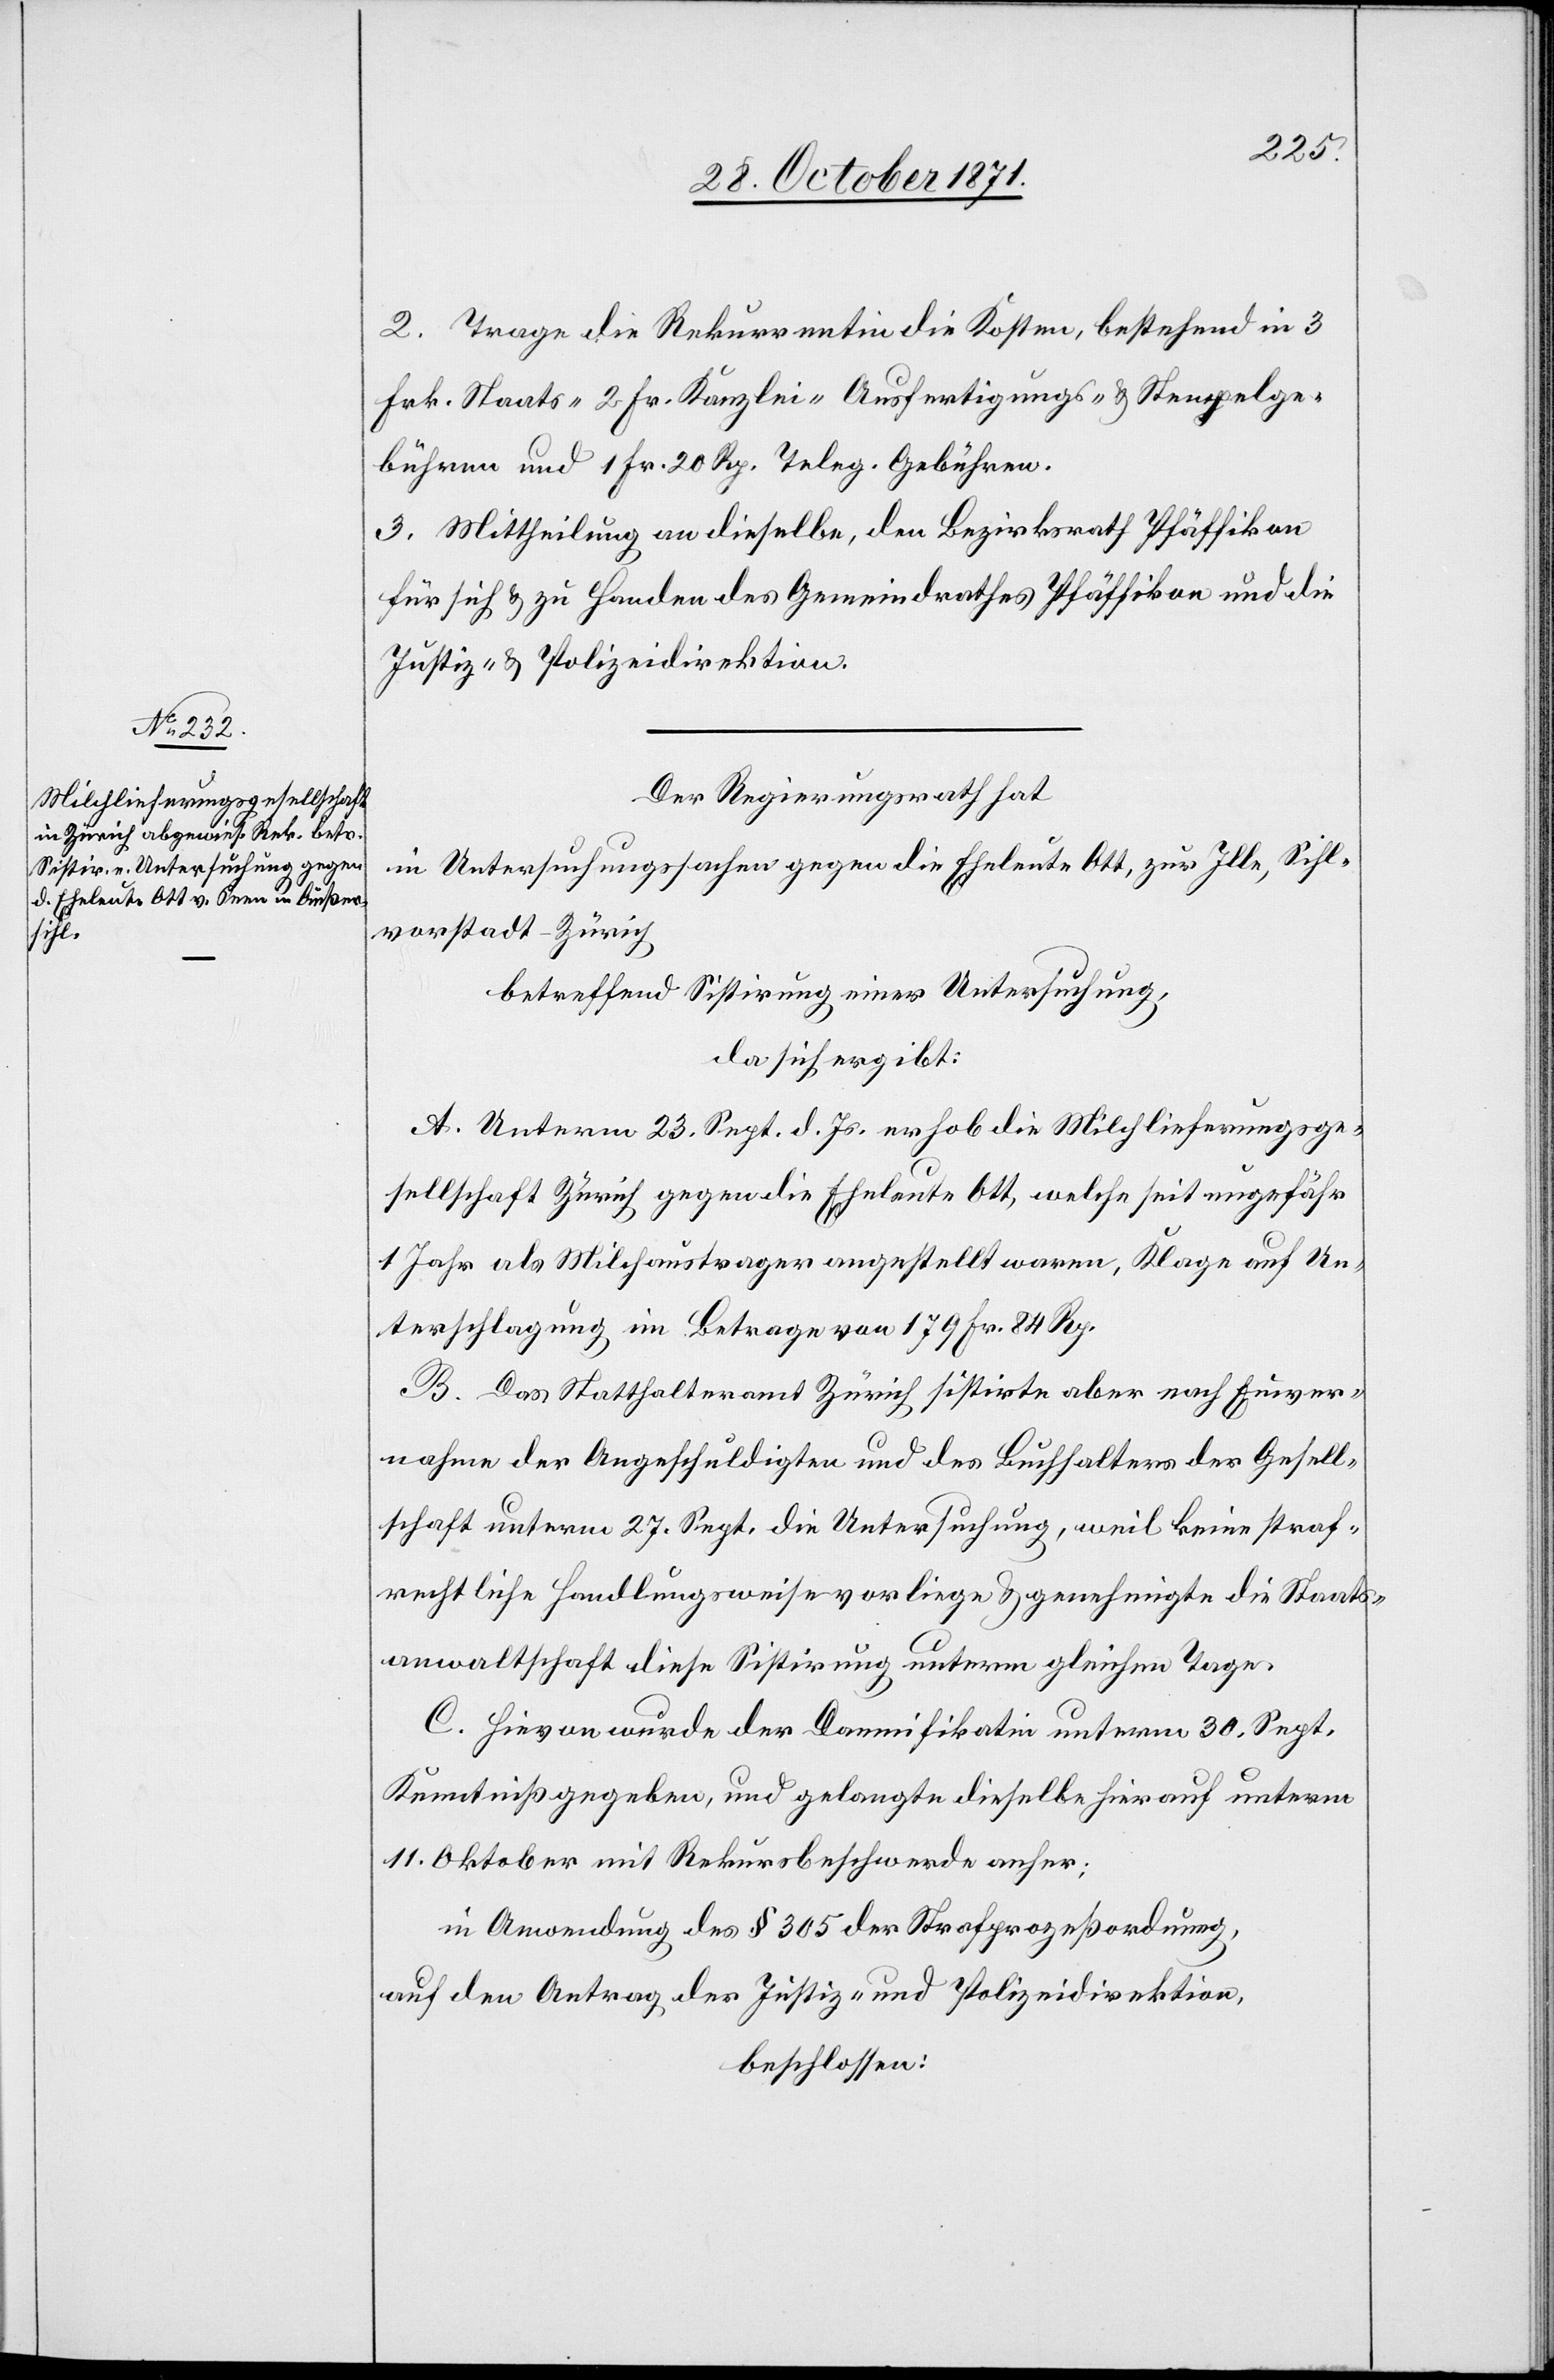
2. Trage die Rekurrentin die Kosten, bestehend in 3
Frk. Staats-[,] 2 Fr. Kanzlei-[,] Ausfertigungs- & Stempelge¬
bühren und 1 Fr. 20 Rp. Teleg. Gebühren.
3. Mittheilung an dieselbe, den Bezirksrath Pfäffikon
für sich & zu Handen des Gemeindrathes Pfäffikon und die
Justiz- & Polizeidirektion.
Der Regierungsrath hat
in Untersuchungssache gegen die Eheleute Ott, zur Ille, Sihl¬
vorstadt-Zürich
betreffend Sistirung einer Untersuchung,
da sich ergibt:
A. Unterm 23. Sept. d. Js. erhob die Milchlieferungsge¬
sellschaft Zürich gegen die Eheleute Ott, welche seit ungefähr
1 Jahr als Milchaustrager angestellt waren, Klage auf Un¬
terschlagung im Betrage von 179 Fr. 84 Rp.
B. Das Statthalteramt Zürich sistirte aber nach Einver¬
nahme der Angeschuldigten und des Buchhalters der Gesell¬
schaft unterm 27. Sept. die Untersuchung, weil keine straf¬
rechtliche Handlungsweise vorliege & genehmigte die Staats¬
anwaltschaft diese Sistirung unterm gleichen Tage.
C. Hievon wurde der Damnifikatin unterm 30 Sept.
Kenntniß gegeben, und gelangte dieselbe hierauf unterm
11. Oktober mit Rekursbeschwerde anher:
in Anordnung des § 305 der Strafprozessordnung,
auf den Antrag der Justiz- & Polizeidirektion,
beschlossen: